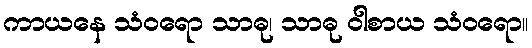
ကာယနေ သံဝရော သာဓု၊ သာဓု ဝါစာယ သံဝရော။